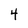
Character: 4